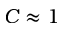
C \approx 1